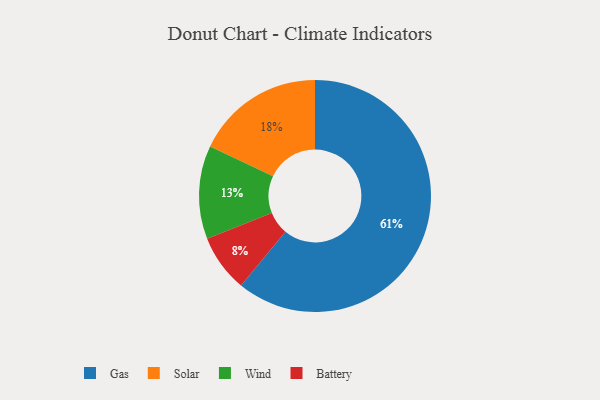
{"axis": {"x": "Category", "y": "Percentage"}, "legend": ["Battery", "Gas", "Solar", "Wind"], "data": [{"x": "Wind", "y": 13, "type": "Wind"}, {"x": "Solar", "y": 18, "type": "Solar"}, {"x": "Gas", "y": 61, "type": "Gas"}, {"x": "Battery", "y": 8, "type": "Battery"}]}